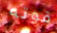
قوته